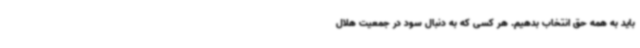
باید به همه حق انتخاب بدهیم. هر کسی که به دنبال سود در جمعیت هلال